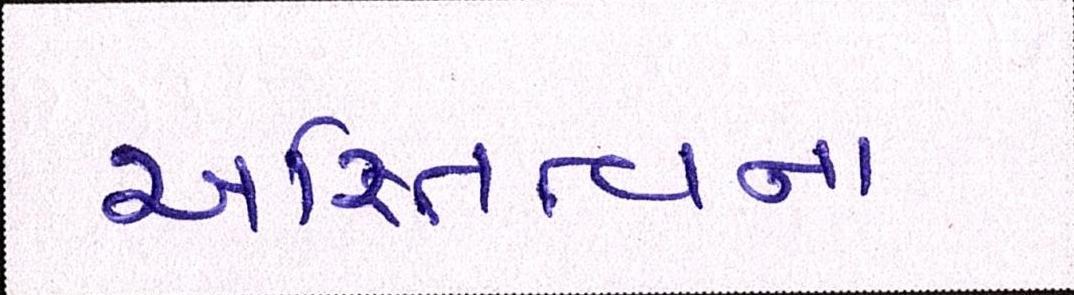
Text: અસ્તિત્વના